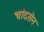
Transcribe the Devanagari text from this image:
चांदसेन